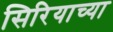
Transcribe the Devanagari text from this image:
सिरियाच्या